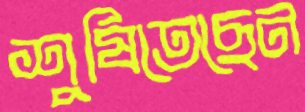
শুষিতেছেন